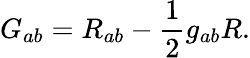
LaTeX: G_{ab}=R_{ab}-\frac{1}{2}g_{ab}R.